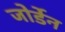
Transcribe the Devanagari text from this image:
जोर्डेन